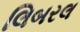
લિબરલ